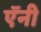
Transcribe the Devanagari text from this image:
ऍनी